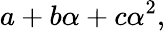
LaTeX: a+b\alpha+c\alpha^{2},